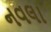
નવલા